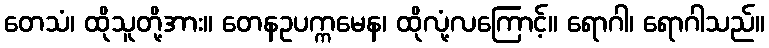
တေသံ၊ ထိုသူတို့အား။ တေနဥပက္ကမေန၊ ထိုလုံ့လကြောင့်။ ရောဂါ၊ ရောဂါသည်။